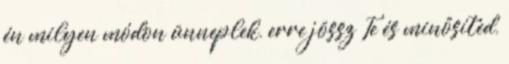
én milyen módon ünneplek, erre jössz Te és minősíted,